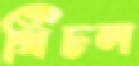
খিঁচল